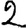
Digit: 2